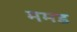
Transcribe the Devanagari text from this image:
ममड